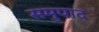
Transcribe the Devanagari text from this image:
समुपाद